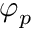
\varphi _ { p }